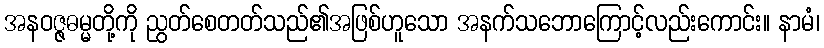
အနဝဇ္ဇဓမ္မတို့ကို ညွတ်စေတတ်သည်၏အဖြစ်ဟူသော အနက်သဘောကြောင့်လည်းကောင်း။ နာမံ၊